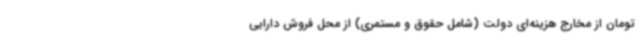
تومان از مخارج هزینه‌ای دولت (شامل حقوق و مستمری) از محل فروش دارایی